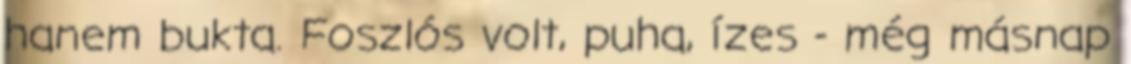
hanem bukta. Foszlós volt, puha, ízes - még másnap